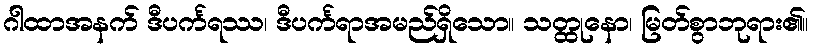
ဂါထာအနက် ဒီပင်္ကရဿ၊ ဒီပင်္ကရာအမည်ရှိသော။ သတ္ထုနော၊ မြတ်စွာဘုရား၏။